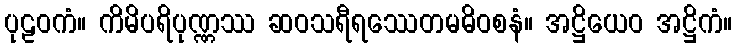
ပုဠဝကံ။ ကိမိပရိပုဏ္ဏဿ ဆဝသရီရဿေတမဓိဝစနံ။ အဋ္ဌိယေဝ အဋ္ဌိကံ။